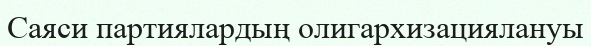
Саяси партиялардың олигархизациялануы